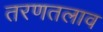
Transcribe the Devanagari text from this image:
तरणतलाव